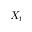
X _ { t }